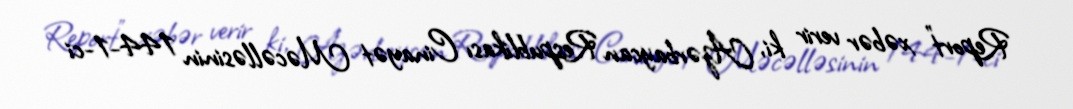
Report" xəbər verir ki, Azərbaycan Respublikası Cinayət Məcəlləsinin 144-1-ci